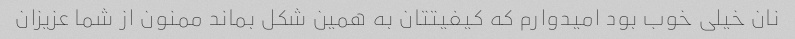
نان خیلی خوب بود امیدوارم که کیفیتتان به همین شکل بماند ممنون از شما عزیزان